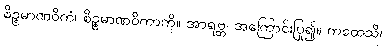
စိဉ္စမာဏဝိကံ၊ စိဉ္စမာဏဝိကာကို။ အာရဗ္ဘ၊ အကြောင်းပြု၍။ ကထေသိ၊